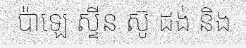
ប៉ាឡេ ស្ទីន ស៊ូ ដង់ និង